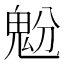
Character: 𩲝